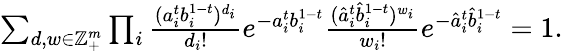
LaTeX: \begin{array}{r}{\sum_{d,w\in\mathbb{Z}_{+}^{m}}\prod_{i}\frac{(a_{i}^{t}b_{i}^{1-t})^{d_{i}}}{d_{i}!}e^{-a_{i}^{t}b_{i}^{1-t}}\frac{(\hat{a}_{i}^{t}\hat{b}_{i}^{1-t})^{w_{i}}}{w_{i}!}e^{-\hat{a}_{i}^{t}\hat{b}_{i}^{1-t}}=1.}\end{array}